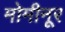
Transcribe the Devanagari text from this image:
मोमीनूर